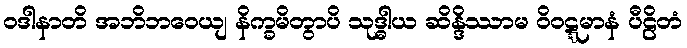
ဝဒါနာတိ အဘိဘဝေယျ နိက္ခမိတွာပိ သုဒ္ဓါယ ဆိန္ဒိဿာမ ဝိဝဋ္ဋမာနံ ပီဠိတံ